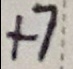
+ 7